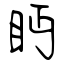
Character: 眄